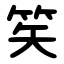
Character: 笶